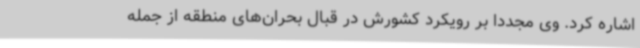
اشاره کرد. وی مجددا بر رویکرد کشورش در قبال بحران‌های منطقه از جمله